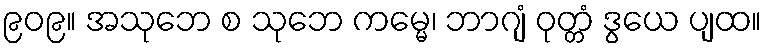
၉၀၉။ အသုဘေ စ သုဘေ ကမ္မေ၊ ဘာဂျံ ဝုတ္တံ ဒွယေ ပျထ။